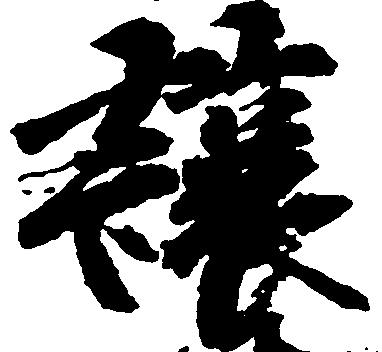
譲